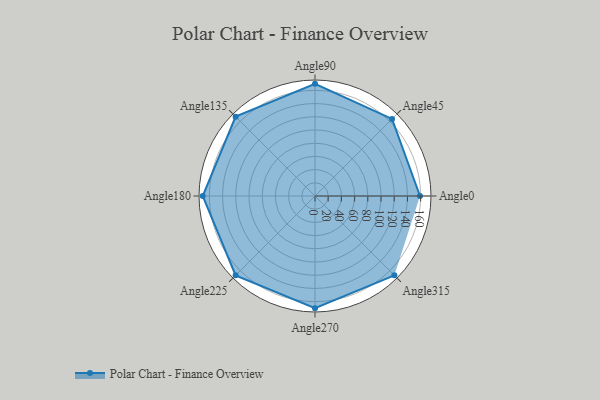
{"axis": {"x": "Angle", "y": "Radius"}, "legend": [""], "data": [{"x": "Angle0", "y": 159.0, "type": ""}, {"x": "Angle45", "y": 165.0, "type": ""}, {"x": "Angle90", "y": 170, "type": ""}, {"x": "Angle135", "y": 170, "type": ""}, {"x": "Angle180", "y": 170, "type": ""}, {"x": "Angle225", "y": 170, "type": ""}, {"x": "Angle270", "y": 170, "type": ""}, {"x": "Angle315", "y": 170, "type": ""}]}